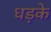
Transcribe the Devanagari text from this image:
धड़के